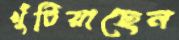
খুঁটিয়াছেন